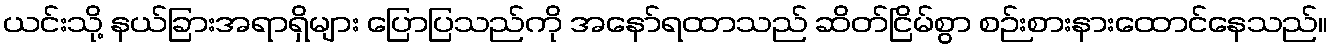
ယင်းသို့ နယ်ခြားအရာရှိများ ပြောပြသည်ကို အနော်ရထာသည် ဆိတ်ငြိမ်စွာ စဉ်းစားနားထောင်နေသည်။